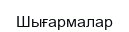
Шығармалар